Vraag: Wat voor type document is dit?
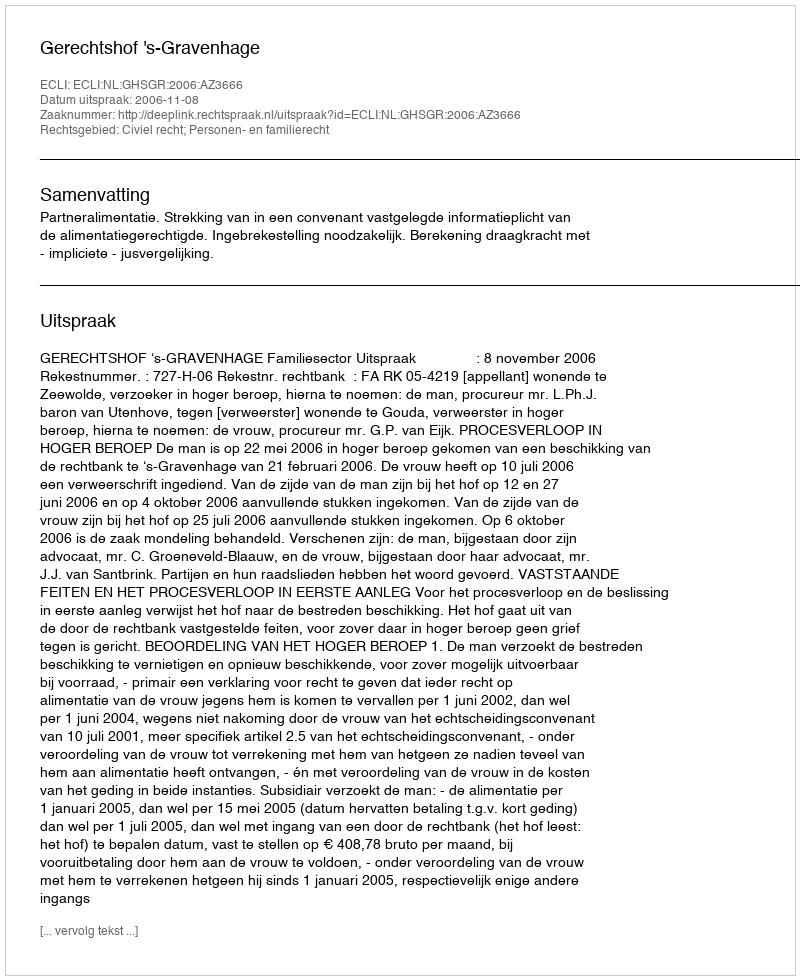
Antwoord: Uitspraak